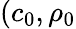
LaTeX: (c_{0},\rho_{0}